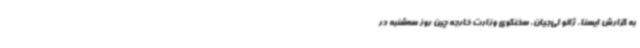
به گزارش ایسنا، ژائو لی‌جیان، سخنگوی وزارت خارجه چین روز سه‌شنبه در